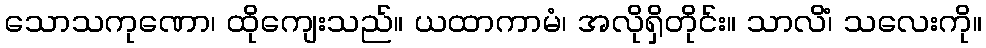
သောသကုဏော၊ ထိုကျေးသည်။ ယထာကာမံ၊ အလိုရှိတိုင်း။ သာလိံ၊ သလေးကို။